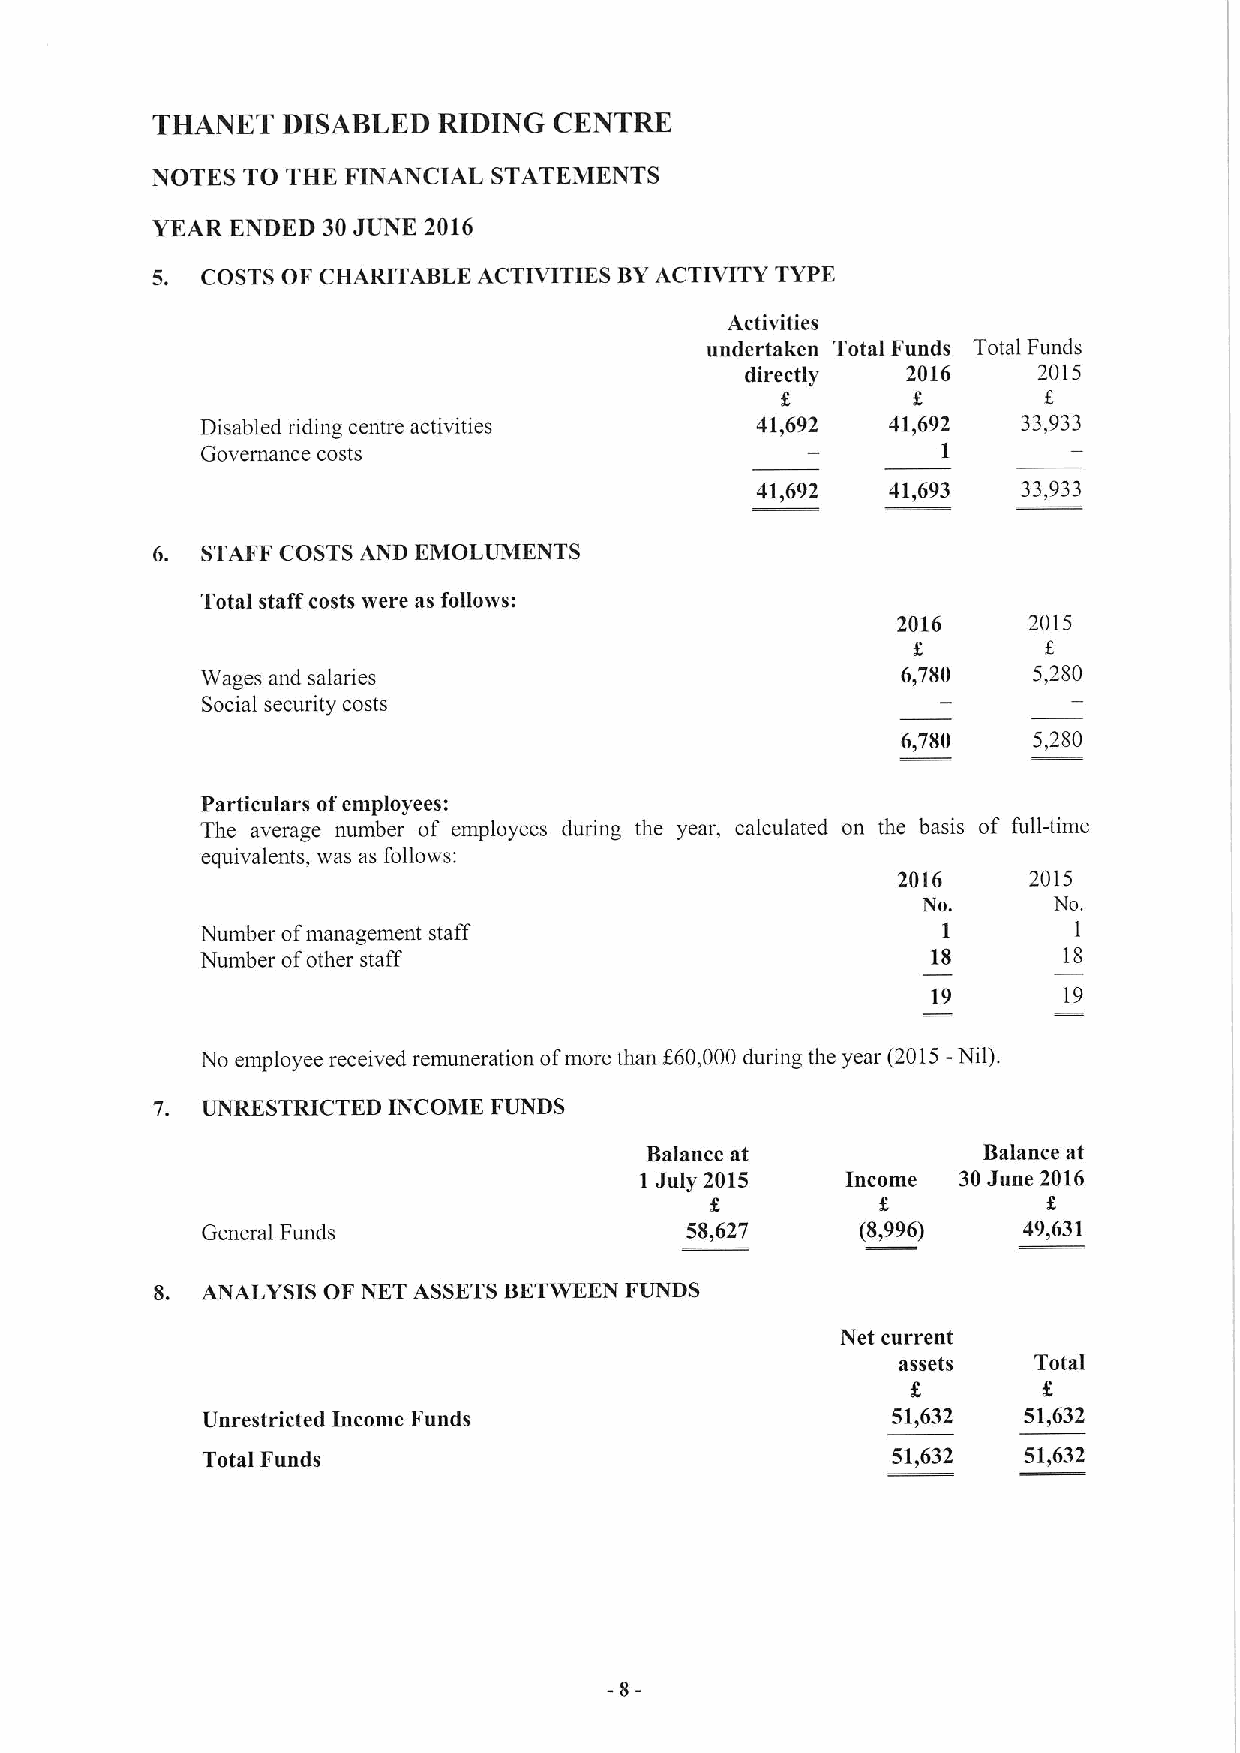
THANET   DISABLED  RIDING  CENTRE
 NOTES TO THE FINANCIAL STATEMENTS
 YEAR ENDED 30JUNE 2016
 5. COSTS OF CHARITABLE ACTIVITIES BYACTIVITY TYPE
 Activities
 undertaken Total Funds Total Funds
 directly   2016     2015
 Disabled riding centre activities    41,692   41,692   33,933
 Governance costs                                 1
 41,692   41,693   33,933
 6. STAFF COSTS AND EMOLUMENTS
 Total staff costs were as follows:
 2016     2015
 Wages and salaries                             6,780   5,280
 Social security costs
 6,780   5,280
 Particulars ofemployees:
 The average number of employees during the year, calculated on the basis of full-time
 equivalents, was as follows:
 2016     2015
 No.      No.
 Number ofmanagement staff                        I        1
 Number ofother staff                             18      18
 19      19
 No employee received remuneration ofmore than F60,000 during the year (2015-Nil),
 7. UNRESTRICTED INCOME FUNDS
 Balance at            Balance at
 I July 2015   Income 30June 2016
 General Funds                   58,627      (8,996)    49,631
 8. ANALYSIS OF NET ASSETS BETWEEN FUNDS
 Net current
 assets   Total
 Unrestricted Income Funds                     51,632   51,632
 Total Funds                                   51,632   51,632